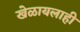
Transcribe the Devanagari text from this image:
खेळायलाही